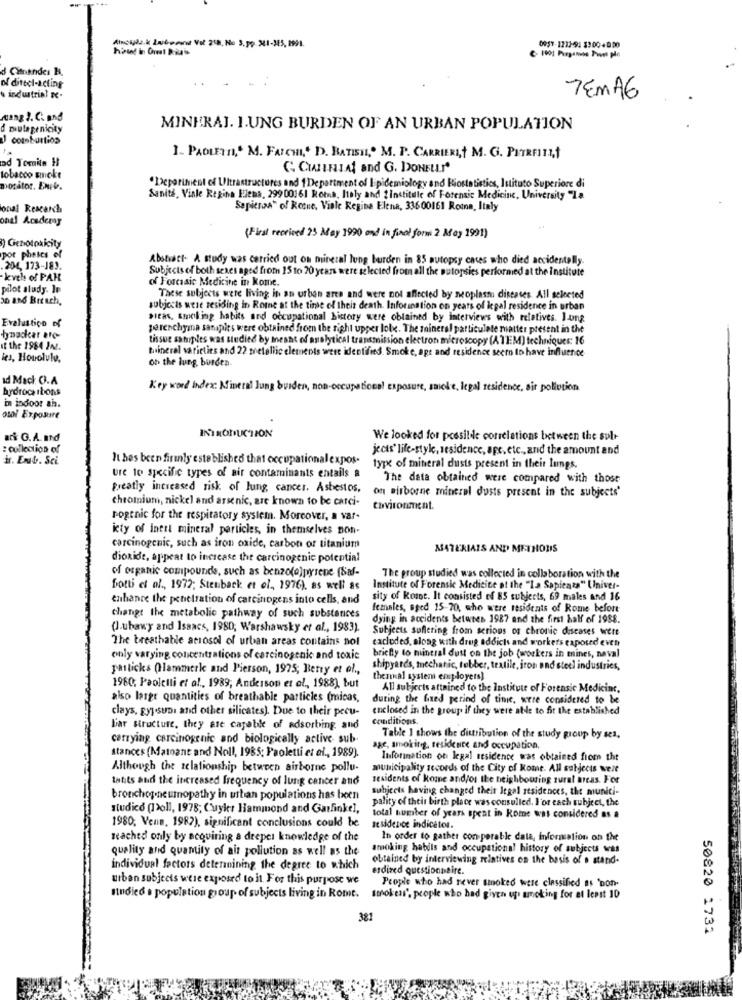
Atosplz. & Inibeen Vol 258, No 3.pp. 341-385, 2991.
0957-1232-91 33004050
d Citoandes H.
of ditecl-acting
industrial -
TEMAG
wang 2. C. and
d mutagenicity
MINERAJ. 1.UNG BURDEN OF AN URBAN POPULATION
J coanburtios
1. PAOLETTI,' M. FALCHI,' D. BATISIL," M. P. CARRIERIT M. G. PETRFIIL ,!
nd Tomita H
C. CunFILAt and G. DONELLI"
tobacco smoke
monitor. Eniv.
"Department of Ultrastructures and 1 Department of Epidemiology and Biostatistics, Istituto Superiore di
Sanità, Viale Regina Elena, 29900361 Rotna, Italy and institule of Forensic Medicine, University "La
onal Rescarch
Sepicros" of Rotne, Viale Regina Elena, 33600161 Romna, Italy
onal Academy
(First received 25 May 1990 and in final form 2 May 1991)
9) Genotoxicity
por phetcs of
Abstract- A study was carried out on mineral lung burden in 85 autopsy caces who died accidentally.
.204, 173-J83.
Subjects of both sexes aged from 15 to 20 years were selected from all the autopsies performed at the institute
kich of PAK
of Forensic Medicine in kome.
pilot study. Je
These subjects were living in an urban area and were not affected by neoplasm diseases All selected
subjects were residing in Rome at the time of their death. Inforination on years of legal residence in urban
sieas, smoking habits and occupational history were obtained by interviews with relatives. J-ung
Evalustico of
parenchyma sanspies were obtained from the right upper lolx. The mineral particulate matter present in the
tissue samples was studied by mneant of analytical transmission electron microscopy (A TEM) techniques: 16
at the 1984 In.
beinerel varieties and 22 metallic elements were identified. Smoke, age and residence seem to have influence
les, Honolulu,
on the lung burden
ad Mac O.A
hydrocarbons
Key word Index: Mineral lung burden, non-occupational exposure, smoke, legal residence, air pollution
in indoor ah.
stol Exposire
INTRODUCTION
ark G.A. Id
We looked for possibile correlations between the sole
: collection of
jecis' life-style, residence, aps, etc ., and the amount and
Hr. Enb. Sci
It bes been firmly established that occupationalexpos-
type of mineral dusts present in their lungs.
ure to specific types of air contaminants entails
The data obtained were compared with those
greatly increased risk of lung cancer. Asbestos,
on airborne minerel dusts present in the subjects'
chromium, nickel and arsenic, are known to be carci-
tovironment.
rogenic for the respiratory system. Moreover, a var-
icty of inert mineral particles, in themselves non-
carcinogenic, such as iron oxide, carbon or titanium
MATERIAIS AND METHODS
dioxide, appear to increase the carcinogenic potential
of organic compounds, such as benzo(o)pyrene (8af-
The group studied was collected in collaboration with the
Dotti et al ., 1972; Stenback et ol ., 1976), as well as
Institute of Forensic Medicine at the "La Sapicats" Univer-
enhance the penetration of carcinogens into cells, and
sity of Kost. It consisted of 85 subjects, 69 males and 16
females, sted 15-70, who were residents of Rome before
change the metabolic pathway of such substances
dying in accidents between 1987 and the first half of 1988.
(J.ubawy and Issacs, 1980; Warshawsky et al ., 1983).
Subjects suffering from serions os chronic diseases were
The breathable aerosol of urban areas contains nol
cacioded, along with drug addicts and workers exposed even
only varying concentrations of carcinogenic and toxic
briefly to mineral dust on the job (workers in mines, naval
patticks Qlammerle and Pierson, 1975; Berry et al .,
shipyards, mechanic, tobber, textile, iron and steel industries,
themal systemi employers)
1980; Paoletti et al ., 1989, Anderson et al ., 1988), but
All subjects attained to the Institute of Forensic Medicinc.
also large quantities of breathable particles (micas,
during the fixed perind of time, were considered to be
enclosed in the group if they were able to fit the established
clays, Rysun and other silicates). Due to their pecu-
conditions.
L'ar structure, they are capable of adsorbing and
carrying carcinogenic and biologically active sub-
Table 1 shows the distribution of the study group by ses.
stances (Matnant and Noll, 1985; Paoletti et al ., 1989).
age, smoking, residcuire and occupation,
Information on legal residente was obtained from the
Although the relationship between airborne pollu-
municipality records of the City of Kome. All subjects were
tatits and the increased frequency of lung cancer and
residents of Rome and/or the neighbouring rural areas. For
subicets having changed their legal residences, the munici-
bronchopneumopathy in urban populations has been
pality of their birth place was consulled. I'or each subject, the
studico (I>oll, 1978; Cuyler Hammond and Garfinkel,
total number of years spent in Rome was considered as a
1980, Vens, 1982), significant conclusions could be
Iesidence indicator.
Reached only by acquiring a deeper knowledge of the
In order to gather con perable data, information on the
quality and quantity of air pollution as well as the
smoking habils and occupational history of subjects was
obtained by interviewing relatives on the basis of . stand.
individual factors determining the degree to which
esdired questionnaire.
urban subjects were exposed to it For this purpose we
People who had never smoked were classified as 'Don-
mindied . population group of subjects living in Rome. smokes", people who had given up smoking for at least 10
381
50820 1732